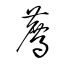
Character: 薦